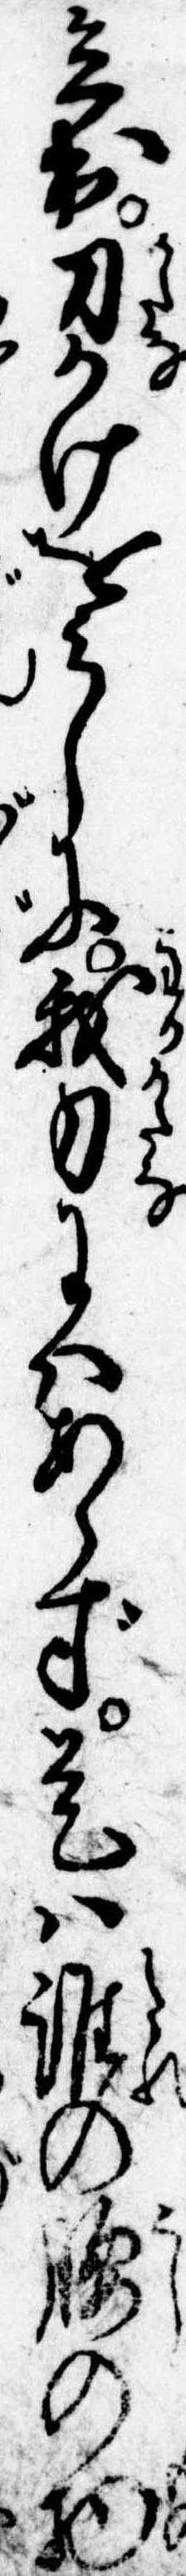
立出刀かけをみしに我刀にはあらず是は誰の腰の物